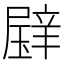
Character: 𱯢